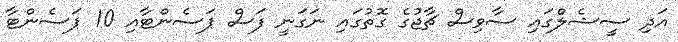
އަދި ސީޝެލްގައި ސާވިސް ޗާޖުގެ ގޮތުގައި ނަގަނީ ފަސް ޕަސެންޓާއި 10 ޕަސެންޓާ